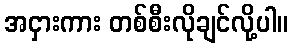
အငှားကား တစ်စီးလိုချင်လို့ပါ။